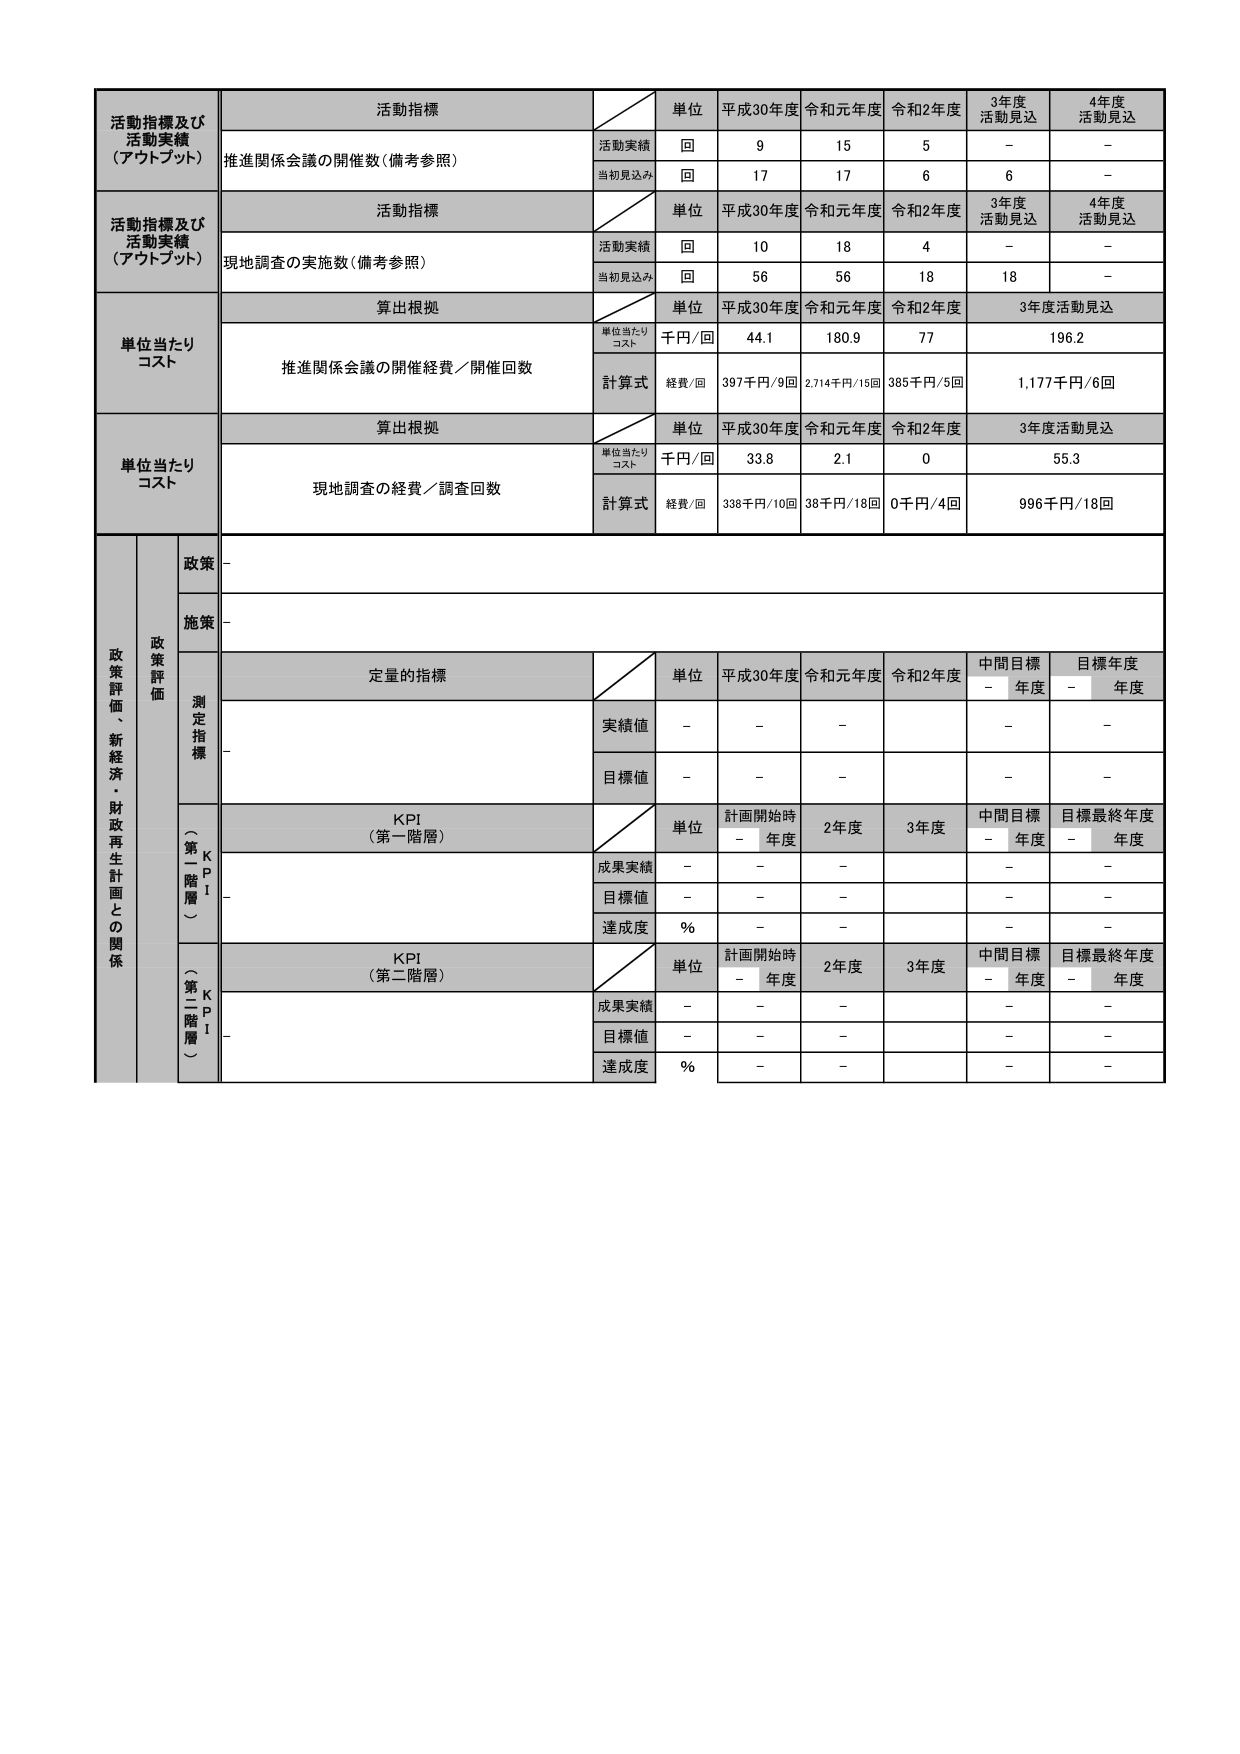
活動指標及び
活動実績
（アウトプット）
活動指標
単位
平成30年度
令和元年度
令和2年度
3年度
活動見込
4年度
活動見込
推進関係会議の開催数（備考参照）
活動実績
回
9
15
5
-
-
当初見込み
回
17
17
6
6
-
活動指標及び
活動実績
（アウトプット）
活動指標
単位
平成30年度
令和元年度
令和2年度
3年度
活動見込
4年度
活動見込
現地調査の実施数（備考参照）
活動実績
回
10
18
4
-
-
当初見込み
回
56
56
18
18
-
単位当たり
コスト
算出根拠
単位
平成30年度
令和元年度
令和2年度
3年度活動見込
推進関係会議の開催経費／開催回数
単位当たり
コスト
千円/回
44.1
180.9
77
196.2
計算式
経費/回
397千円/9回
2,714千円/15回
385千円/5回
1,177千円/6回
単位当たり
コスト
算出根拠
単位
平成30年度
令和元年度
令和2年度
3年度活動見込
現地調査の経費／調査回数
単位当たり
コスト
千円/回
33.8
2.1
0
55.3
計算式
経費/回
338千円/10回
38千円/18回
0千円/4回
996千円/18回
政策評価、新経済・財政再生計画との関係
政策評価
政策
-
施策
-
測定指標
定量的指標
単位
平成30年度
令和元年度
令和2年度
中間目標
- 年度
目標年度
- 年度
実績値
-
-
-
-
-
目標値
-
-
-
-
-
KPI
（第一階層）
単位
計画開始時
- 年度
2年度
3年度
中間目標
- 年度
目標最終年度
- 年度
成果実績
-
-
-
-
-
目標値
-
-
-
-
-
達成度
%
-
-
-
-
-
KPI
（第二階層）
単位
計画開始時
- 年度
2年度
3年度
中間目標
- 年度
目標最終年度
- 年度
成果実績
-
-
-
-
-
目標値
-
-
-
-
-
達成度
%
-
-
-
-
-